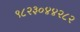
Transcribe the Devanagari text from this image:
९८२३०४४२८२